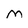
Character: M